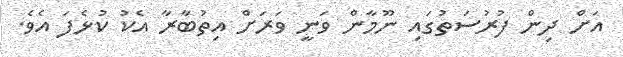
އަށް ދިން ފުރުސަތުގައި ނޫމާން ވަނީ ވަރަށް އިތުބާރާ އެކު ކުޅެފަ އެވެ.